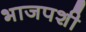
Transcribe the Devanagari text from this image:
भाजपशी